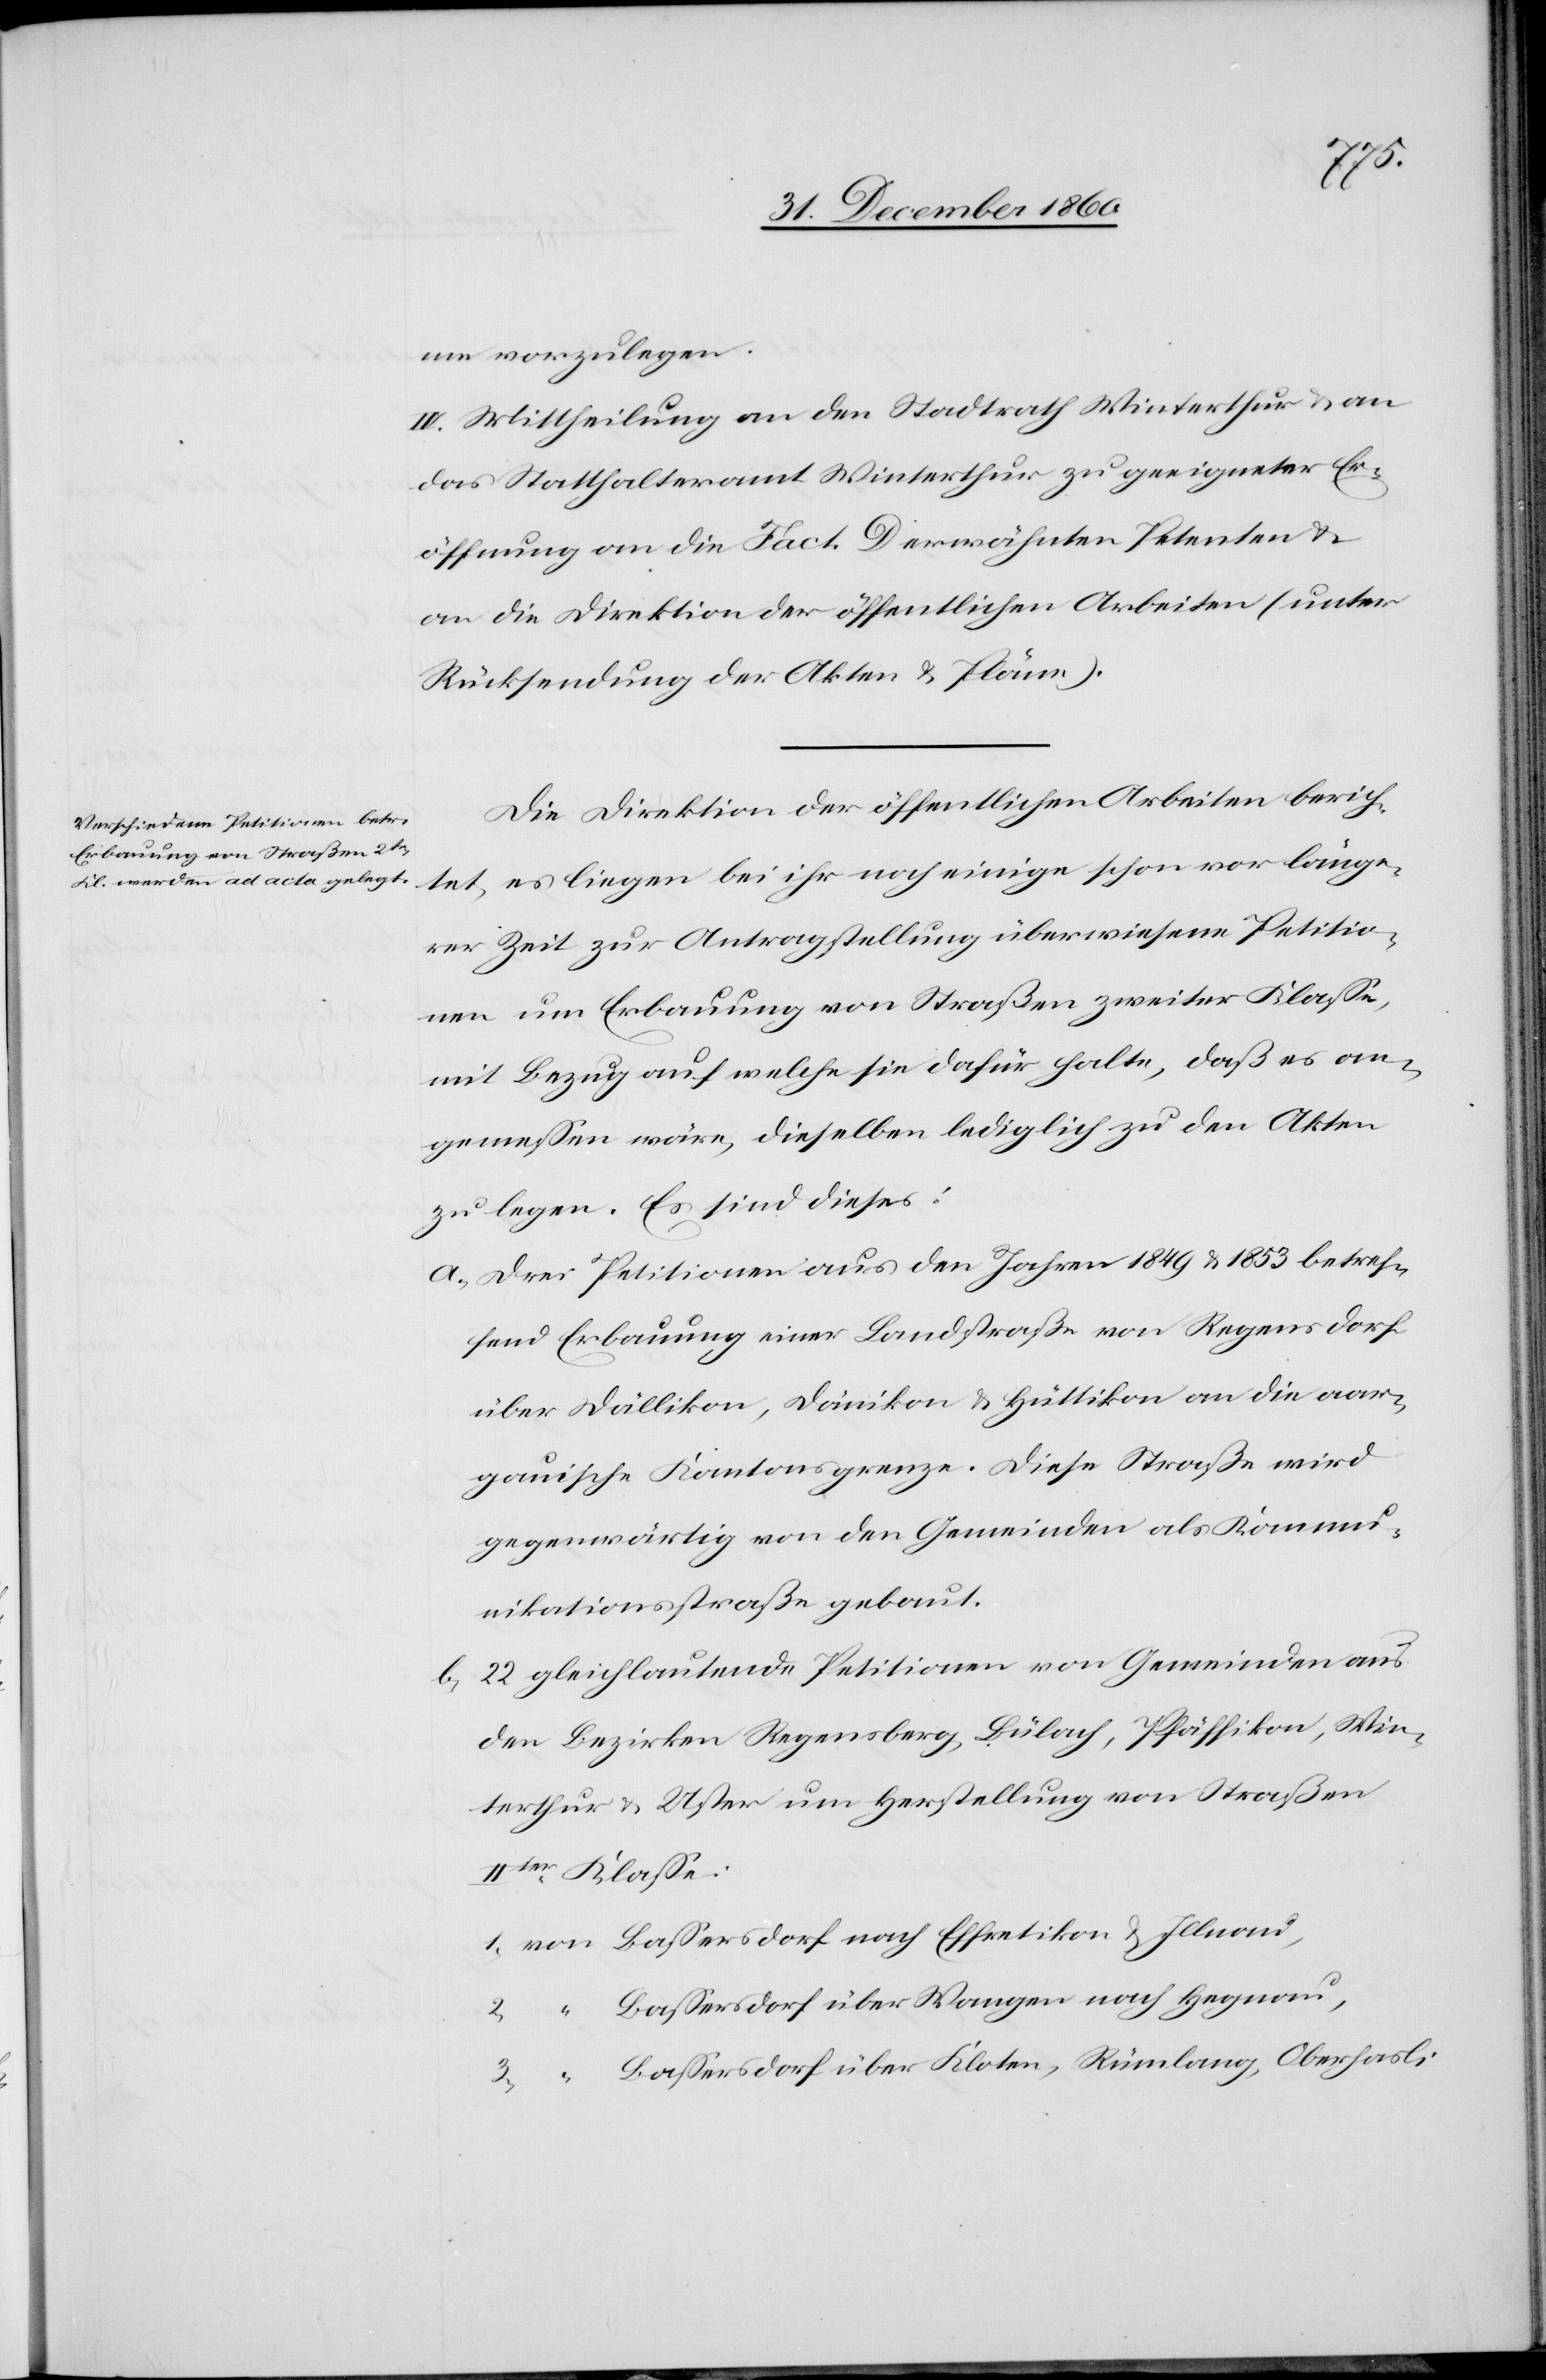
1.

2.
me vorzulegen.
IV. Mittheilung an den Stadtrath Winterthur u. an
das Statthalteramt Winterthur zu geeigneter Er¬
öffnung an die Fact. D erwähnten Petenten u.
an die Direktion der öffentlichen Arbeiten (unter
Rücksendung der Akten u. Pläne).
Die Direktion der öffentlichen Arbeiten berich¬
tet, es liegen bei ihr noch einige schon vor länge¬
rer Zeit zur Antragstellung überwiesene Petitio¬
nen um Erbauung von Straßen zweiter Klasse,
mit Bezug auf welche sie dafür halte, daß es an¬
gemessen wäre, dieselben lediglich zu den Akten
zu legen. Es sind dieses:
a. Drei Petitionen aus den Jahren 1849 u. 1853 betref¬
fend Erbauung einer Landstraße von Regensdorf
über Dällikon, Dänikon u. Hüttikon an die aar¬
gauische Kantonsgrenze. Diese Straße wird
gegenwärtig von den Gemeinden als Kommu¬
nikationsstraße gebaut.
22 gleichlautende Petitionen von Gemeinden aus
den Bezirken Regensberg, Bülach, Pfäffikon, Win¬
terthur u. Uster um Herstellung von Straßen
IIter Klasse:
Bassersdorf über Wangen nach Hegnau,
Bassersdorf über Kloten, Rümlang, Oberhasli